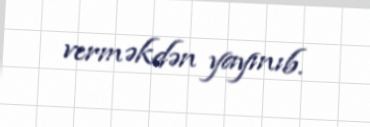
verməkdən yayınıb.